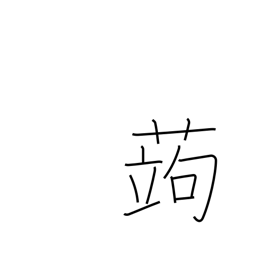
Meaning: devil's tongue (plant)